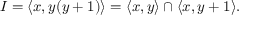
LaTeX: I = \langle x , y ( y + 1 ) \rangle = \langle x , y \rangle \cap \langle x , y + 1 \rangle .